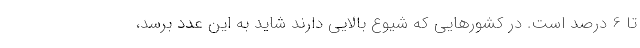
تا 6 درصد است. در کشورهایی که شیوع بالایی دارند شاید به این عدد برسد،